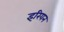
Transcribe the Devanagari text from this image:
इरियन